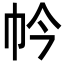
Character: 𢁮